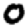
Digit: 0